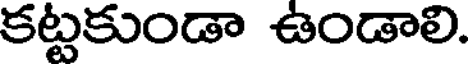
కట్టకుండా ఉండాలి.